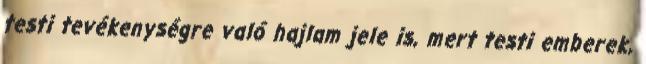
testi tevékenységre való hajlam jele is, mert testi emberek,